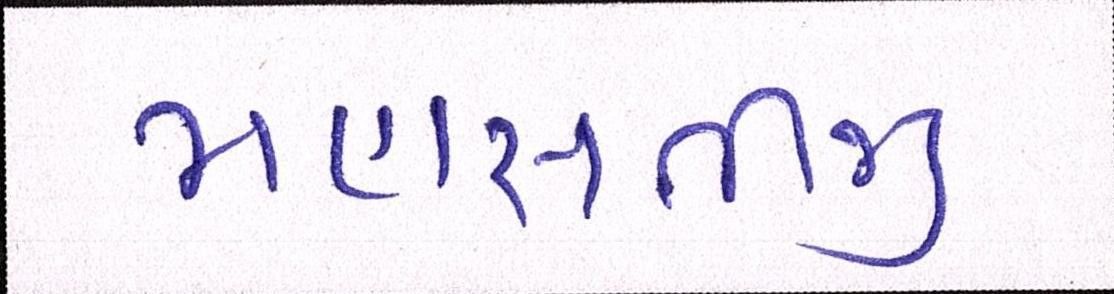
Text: મહાસતીજી